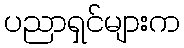
ပညာရှင်များက